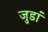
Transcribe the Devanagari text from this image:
जुडां